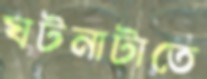
ঘটনাটাতে